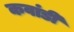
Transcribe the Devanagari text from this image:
कवांडी